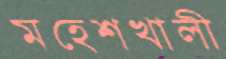
মহেশখালী